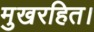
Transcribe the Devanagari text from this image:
मुखरहित।